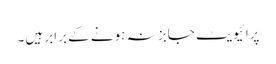
پرائیویٹ جابز نہ ہونے کے برابر ہیں۔